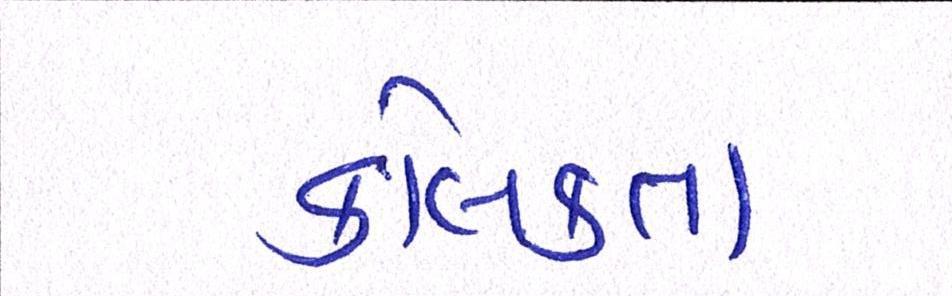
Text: કોલકતા